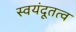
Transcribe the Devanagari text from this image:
स्वयंदूतत्व